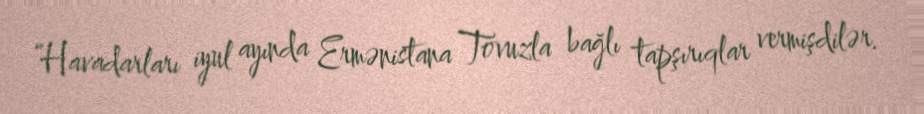
“Havadarları iyul ayında Ermənistana Tovuzla bağlı tapşırıqlar vermişdilər.